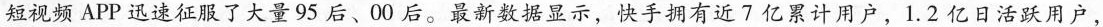
短视频APP迅速征服了大量95后、00后。最新数据显示，快手拥有近7亿累计用户，1.2亿日活跃用户，